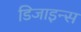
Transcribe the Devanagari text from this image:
डिजाइन्स